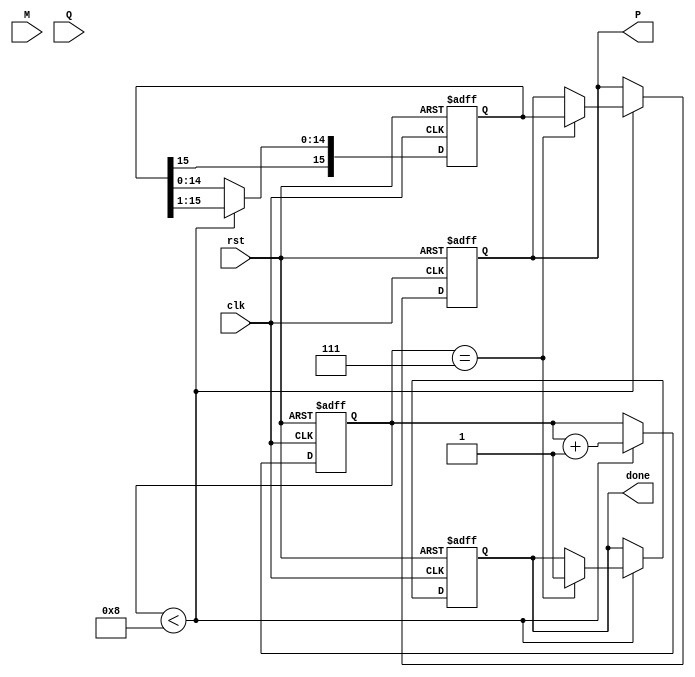
module modified_booth_multiplier #(
    parameter WIDTH = 8 // Width of the input numbers
) (
    input wire clk,
    input wire rst,
    input wire [WIDTH-1:0] M, // Multiplicand
    input wire [WIDTH-1:0] Q, // Multiplier
    output reg [2*WIDTH-1:0] P, // Product
    output reg done // Indicate completion of multiplication
);

    reg [2*WIDTH-1:0] A; // Accumulator
    reg [WIDTH-1:0] Q_reg; // Multiplier register
    reg Q_minus_1; // Previous bit of Q
    reg [3:0] count; // Counter for iterations
    reg [2*WIDTH-1:0] M_ext; // Sign-extended multiplicand

    // Initializing the registers
    always @(posedge clk or posedge rst) begin
        if (rst) begin
            A <= 0;
            Q_reg <= Q;
            Q_minus_1 <= 0;
            count <= 0;
            done <= 0;
            P <= 0;
            M_ext <= {{(WIDTH){M[WIDTH-1]}}, M}; // Sign-extend M
        end else if (count < WIDTH) begin
            case ({Q_reg[0], Q_minus_1})
                2'b00: begin // No action
                    A <= A; // Do nothing
                end
                2'b01: begin // Add M to A
                    A <= A + M_ext;
                end
                2'b10: begin // Subtract M from A
                    A <= A - M_ext;
                end
                2'b11: begin // No action
                    A <= A; // Do nothing
                end
            endcase
            
            // Right shift A and Q
            {A, Q_reg} <= {A[2*WIDTH-1], A[2*WIDTH-1:1], Q_reg[WIDTH-1:1], Q_reg[0]};
            Q_minus_1 <= Q_reg[0]; // Update Q_minus_1
            count <= count + 1; // Increment count
            
            if (count == WIDTH - 1) begin
                done <= 1;
                P <= A; // Final product
            end
        end
    end

endmodule